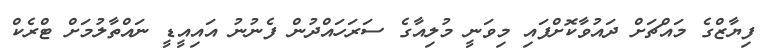
ފިޔާޒްގެ މައްޗަށް ދައުވާކޮށްފައި މިވަނީ މުލިއާގެ ސަރަހައްދުން ފެނުނު އައިއީޑީ ނައްތާލުމަށް ޓްރެކް